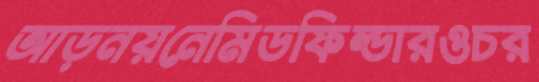
আড়নয়নেমিডফিল্ডারওচর